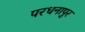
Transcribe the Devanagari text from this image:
परधनापुर